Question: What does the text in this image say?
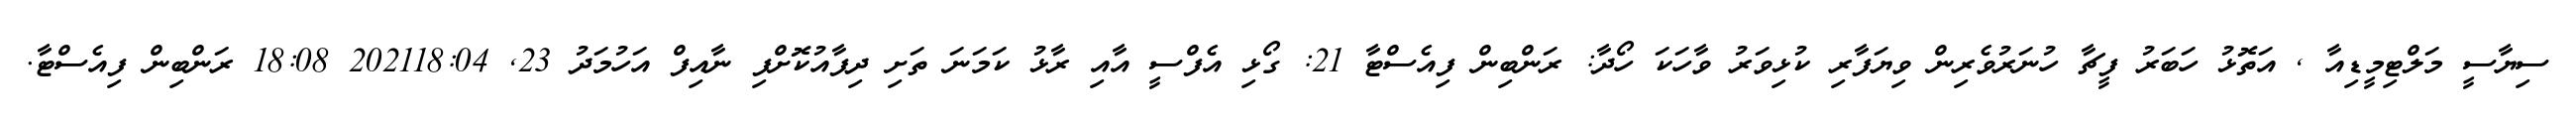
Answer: ސިޔާސީ މަލްޓިމީޑިއާ , އަތޮޅު ހަބަރު ފީޗާ ހުނަރުވެރިން ވިޔަފާރި ކުޅިވަރު ވާހަކަ ހޯދާ: ރަންބިން ފިއެސްޓާ 21: ގޯޅި އެފްސީ އާއި ރާޅު ކަމަނަ ތަށި ދިފާއުކޮށްފި ނާއިފް އަހުމަދު 23, 202118:04 18:08 ރަންބިން ފިއެސްޓާ.